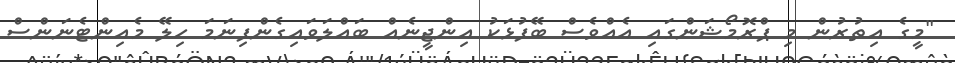
"މީގެ އިތުރުން މި ޕްރޮމޯޝަންގައި އެއްވެސް ބޭފުޅަކު އިންޖީނެއް ބައްލަވައިގެންފިނަމަ ހިލޭ މެއިންޓެނަންސް